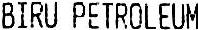
BIRU PETROLEUM